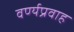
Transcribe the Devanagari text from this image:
वर्ण्यप्रवाह